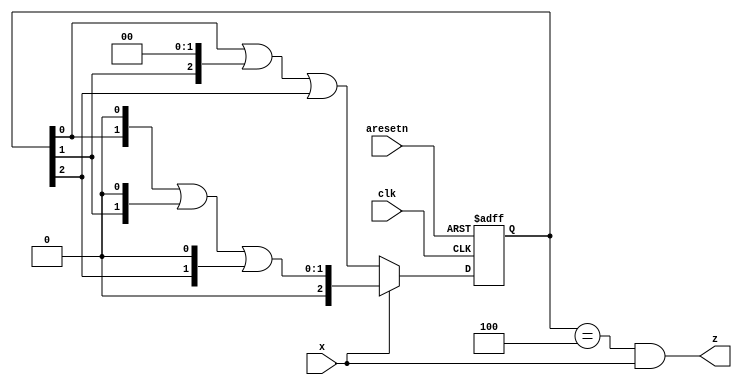
module top_module (
    input clk,
    input aresetn,    // Asynchronous active-low reset
    input x,
    output z ); 

    reg [2:0] state, next_state;
    
    always @(*) begin
        if (x)
            next_state <= state[0] << 1 | state[1] << 1 | state[2] << 1;
		else
            next_state <= state[0] << 0 | state[1] << 2 | state[2] << 0;
    end
        
    always @(posedge clk, negedge aresetn) begin
        if (~aresetn)
            state <= 1;
        else
            state <= next_state;
    end
    
    assign z = (state == (1 << 2)) && (x == 1);
endmodule